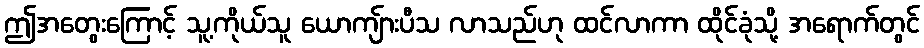
ဤအတွေးကြောင့် သူ့ကိုယ်သူ ယောကျ်ားပီသ လာသည်ဟု ထင်လာကာ ထိုင်ခုံသို့ အရောက်တွင်